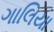
ગાલિયા